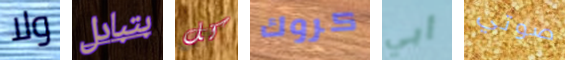
ولا بتبادل كل كروك أبي صوتي